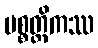
ပစ္စတ္ထိကဿ